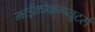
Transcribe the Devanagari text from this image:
माईक्रोकम्प्यूटर्स